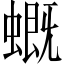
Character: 𧑂